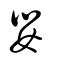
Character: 嬰